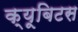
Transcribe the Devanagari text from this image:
क्यूबिटस